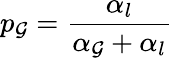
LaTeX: p_{\mathcal{G}}=\frac{{\alpha_{l}}}{{\alpha_{\mathcal{G}}+\alpha_{l}}}